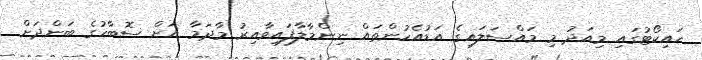
ހައިކޯޓުގައި މިއަދު މި މައްސަލައިގެ އަޑުއެހުންތައް ނިންމާލާފައިވާއިރު މާދަމާ އަށް ސޮބާހުގެ ބަންދަށް